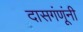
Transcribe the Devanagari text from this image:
दासगंणूंनी